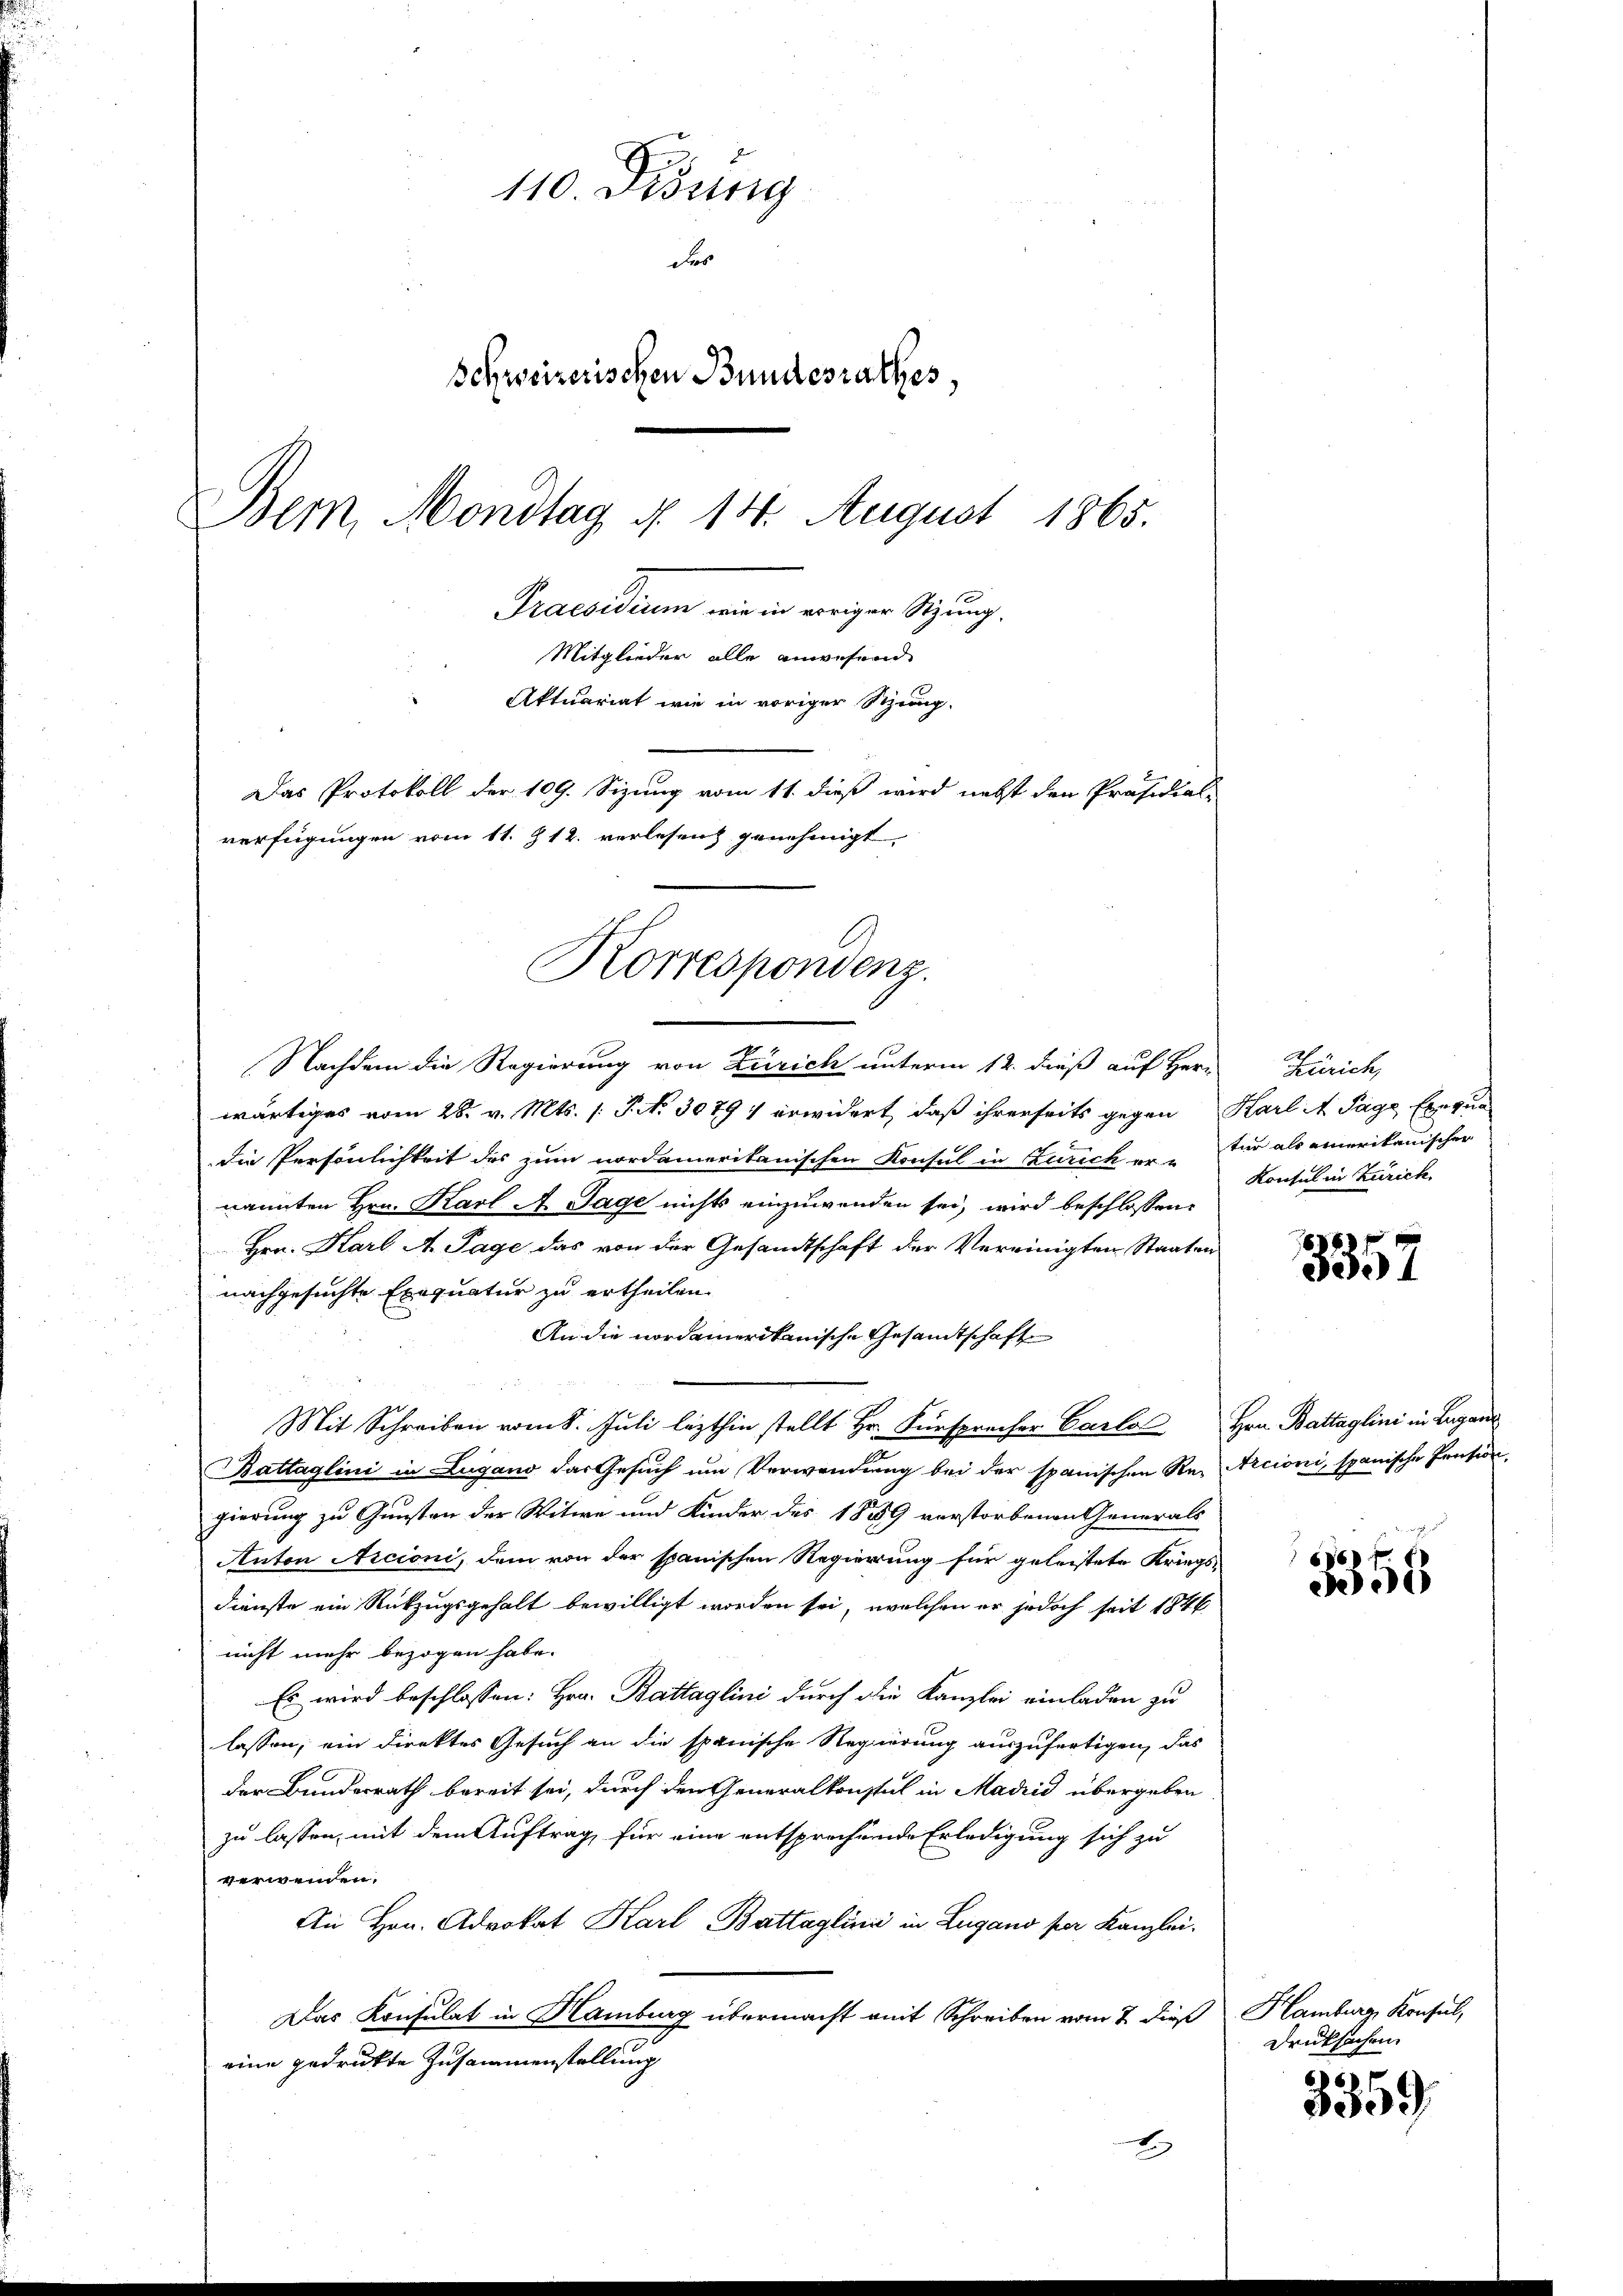
110. Disung
des
Schweizerischen Bundesrathes,
Bem, Mondtag d. 14. August 1865.
Praesidium wie in voriger Sitzung.
Mitglieder alle anwesend
Aktuariat wie in voriger Sitzung.
Das Protokoll der 109. Sizung vom 11. dieß wird nebst den Präsidial-
verfügungen vom 11. 12. verlesen genehmigt.

Korrespondenz.

Nachdem die Regierung von Zürich unterm 12. dieß auf Herr
wärtiges vom 28. v. Mts. (T. No 30791 erwidert, daß ihrerseits gegen Karl A Tage Exequa
die Persönlichkeit des zum nordamerikanischen Konsul in Zürich er- für als einerikanischer
nannten Hrn. Karl A. Tage nichts einzuwenden sei, wird beschlossene
Hrn. Karl A. Tage das von der Gesandtschaft der Vereinigten Staaten
nachgesuchte Exequatur zu ertheilen.
An die nordamerikanische Gesandtschaft
Mit Schreiben vom 8. Juli lezthin stellt Hr. Fürsprecher Carlo Hr. Battaglini in Lugan
Battaglini in Lugano das Gesuch um Verwendung bei der spanischen Re- Arcioni, spanische Pension,
gierung zu Gunsten der Witwe und Kinder des 1859 verstorbenen Generals
Anton Arcioni, dem von der spanischen Regierung für geleistete Kriegs-
dienste ein Rückzugsgehalt bewilligt worden sei, welchen er jedoch seit 1846
nicht mehr bezogen habe.
Es wird beschlossen: Hrn. Battaglini durch die Kanzlei einladen zu
lassen, ein dienktes Gesuch an die spanische Regierung auszufertigen, das
der Bundesrath bereit sei, durch den Generalkonsul in Madrid übergeben
zu lassen, mit dem Auftrag, für eine entsprechende Erledigung sich zu
verwenden.
An Hrn. Advokat Karl Battaglini in Lugano per Kanzlei-
Das Konsulat in Hamburg übermacht mit Schreiben vom 7. dieß
eine gedruckte Zusammenstellung
x

Zürich,
Konsul in Zürich.

16
5357

66
30

Hamburg Konsul,
Drucksachen

3359.